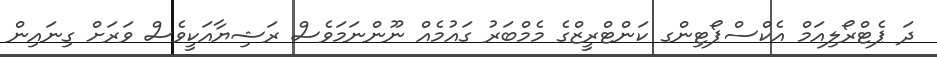
ދަ ޕެޓްރޯލިއަމް އެކްސްޕޯޓިންގ ކަންޓްރީޒްގެ މެމްބަރު ގައުމެއް ނޫންނަމަވެސް ރަޝިޔާއަކީވެސް ވަރަށް ގިނައިން